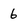
Character: 6